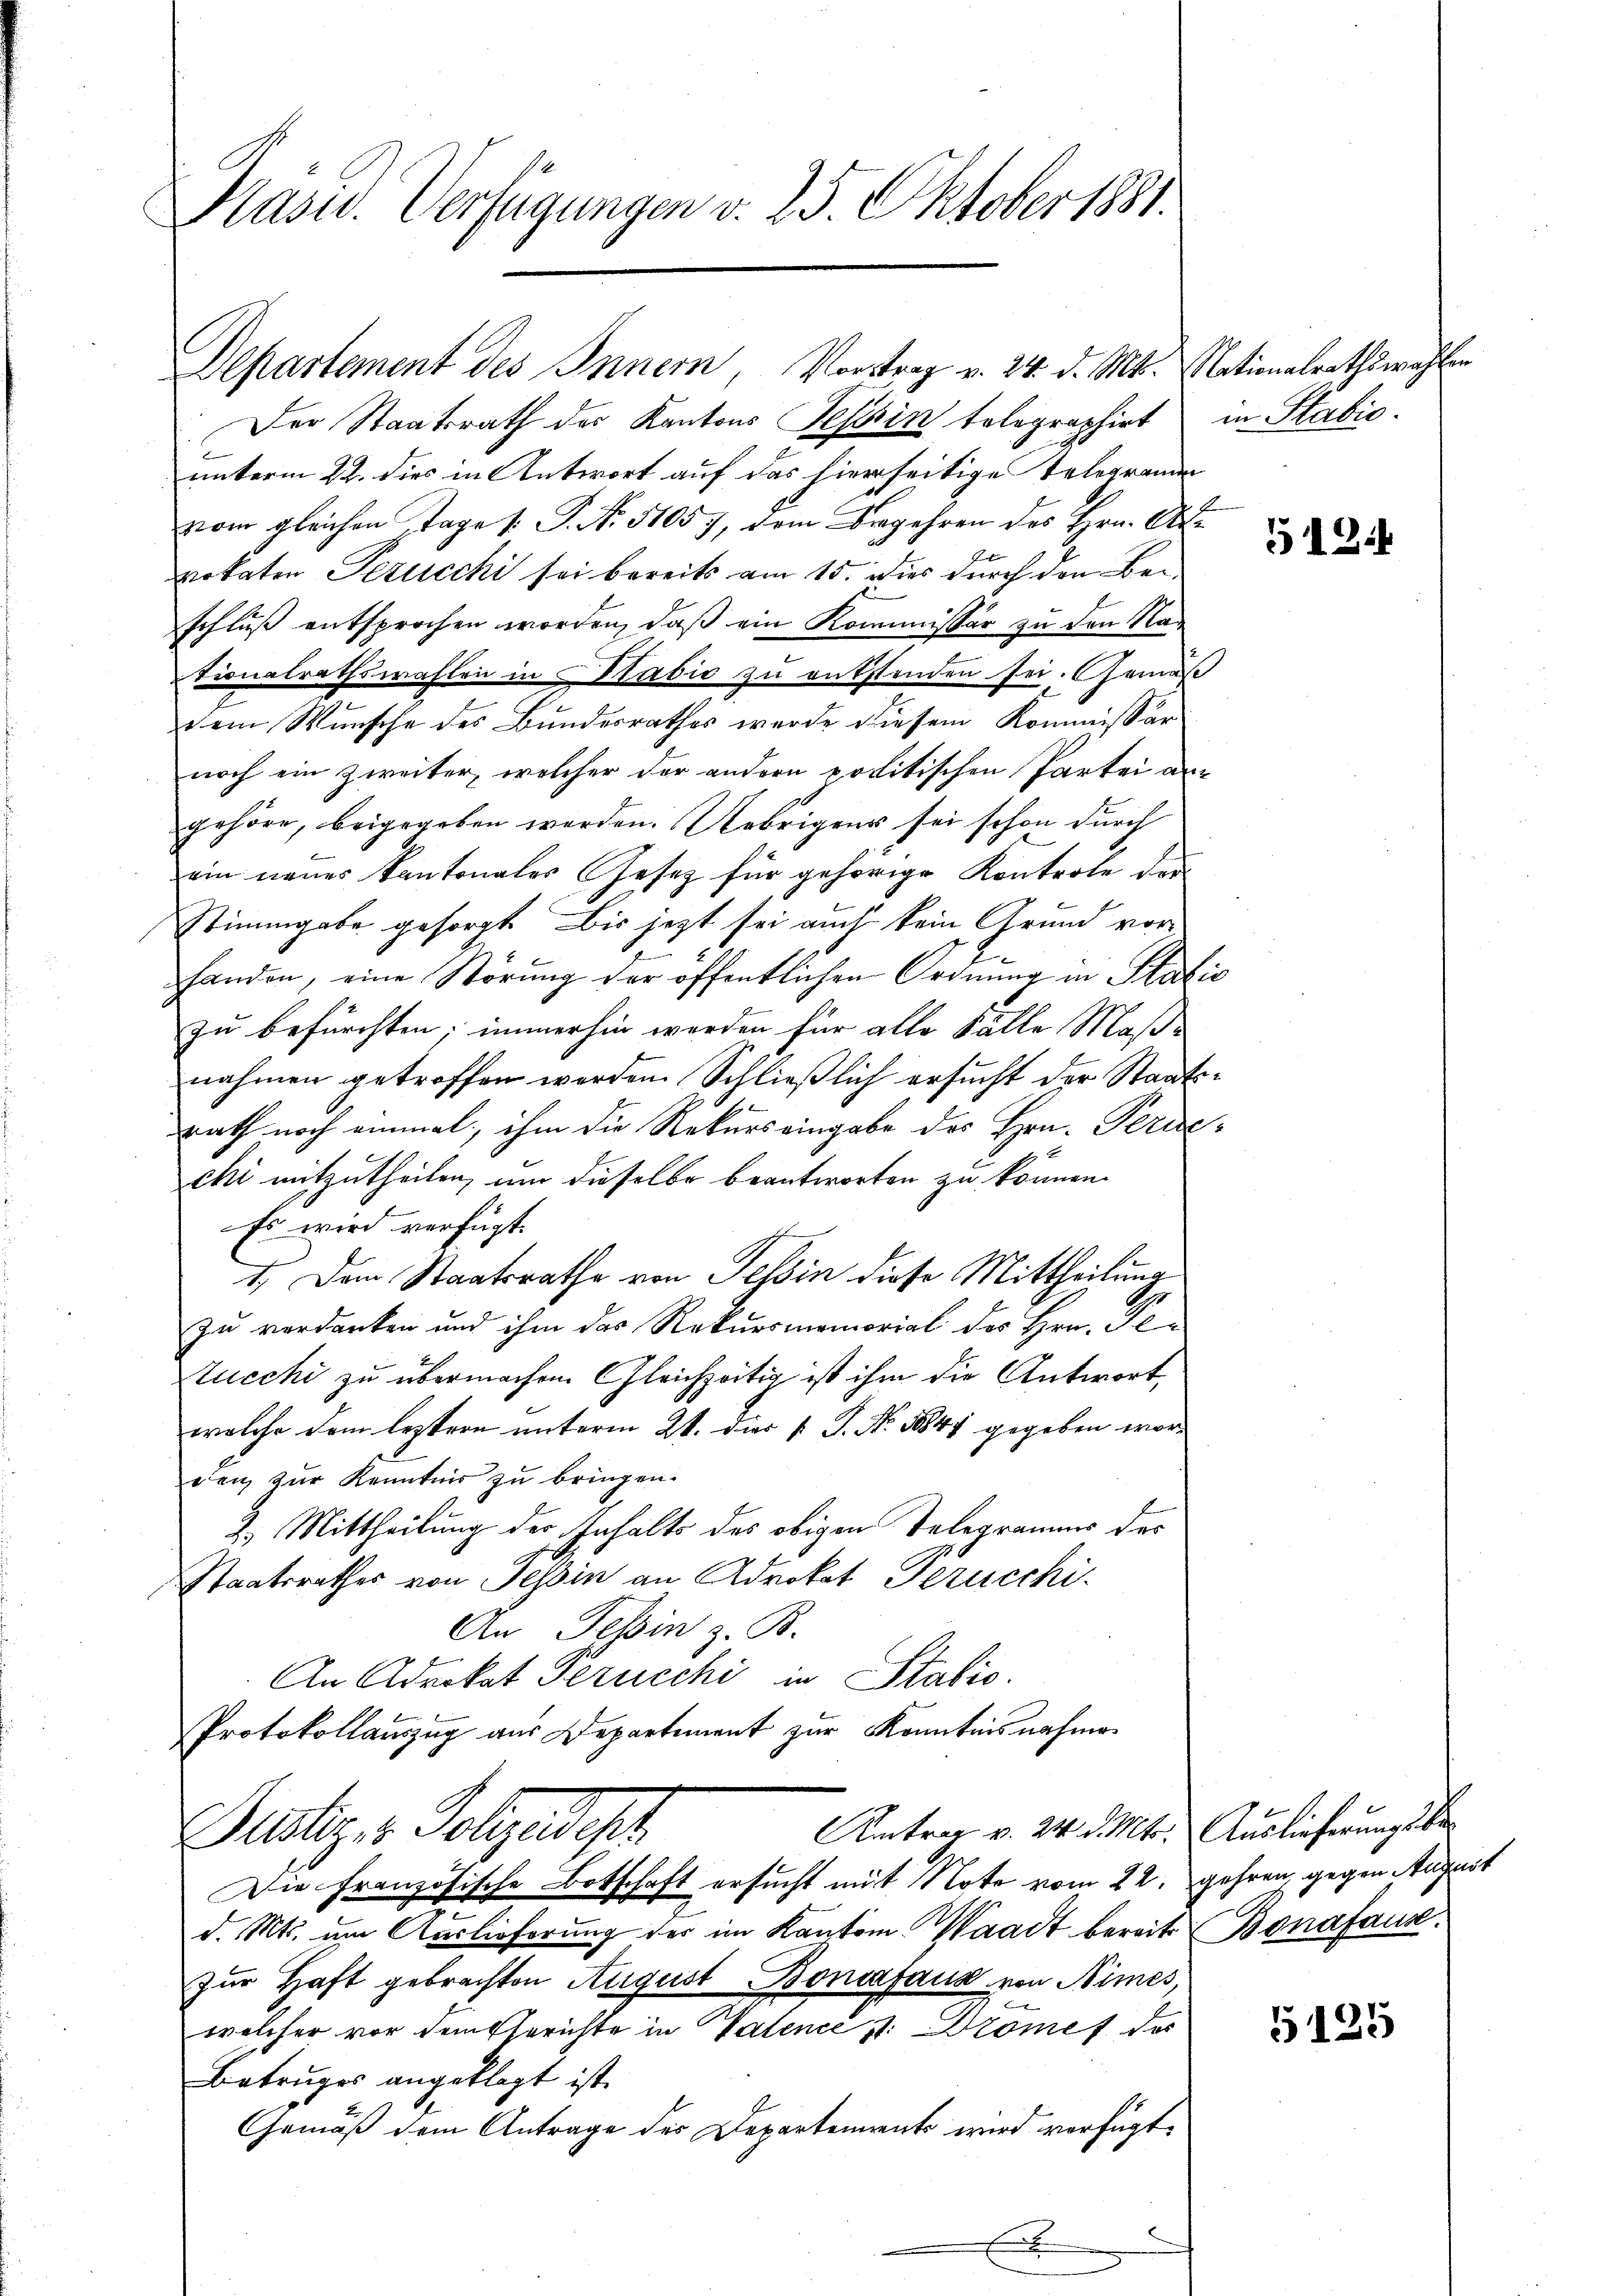
Präsid. Verfügungen v. 25. Oktober 1881.

Departement des Innern, Vortrag v. 24. d. Mts. Nationalrathswahlen
Der Staatsrath des Kantons Tessin telegraphirt
unterm 22. dies in Antwort auf das hierseitige Telegramm
vom gleichen Tage /: P. No. 51057, dem Begehren des Hrn. Okt.
vokaten Perucchi sei bereits am 15. Dies durch den Beschluß entsprochen worden, daß ein Kommissar zu den Nationalrathswahlen in Sabić zu entstenden sei. Gemäß
dem Wunsche des Bundesrathes werde diesem Kommissär
noch ein zweiter, welcher der andern politischen Partei angehöre, beigegeben werden. Uebrigens sei schon durch
ein neuer Kantonaler Gesetz für gehörige Kontrole der
Stimmgabe gesorgt. Bis jetzt sei auch kein Grund vorhanden, eine Störung der öffentlichen Ordnung in Stat.
zu befürchten; immerhin werden für alle Fälle Maß-
nahmen getroffen werden. Schließlich ersucht der Staats
rath noch einmal, ihm die Rekurs eingabe des Hrn. Perire
chi mitzutheilen, um dieselbe beantworten zu können.
Es wird verfügt:
1. Dem Staatsrathe von Tessin diese Mittheilung
zu verdanken und ihm das Rekursmemorial des Hrn. Pe
Stucchi zu übermachen Gleichzeitig ist ihm die Antwort,
welche dem leztern unterm 21. dies 1 S. Nr. 18847 gegeben worden zur Kenntnis zu bringen.
2. Mittheilung der Inhalts des obigen Telegramms des
Staatsrathes von Tessin an Advokat Gerucchi
An Tessin z. B.
An Advokat Gerucchi in Statio
Protokollauszug aus Departement zur Kenntnisnahme
Antrag v. 24. d. Mts. Auslieferungsbe
Justiz, u. Folgendest
Die Französische Botschaft ersucht mit Note vom 22. gehren, gegen August
d. Mts. um Auslieferung des im Kanton Waadt bereits
zur Haft gebrachten August Bonifaus von Nimes,
welcher vor dem Gerichte in Valence st. Dromes des
Betruges angeklagt ist.
Gemäß dem Antrage der Departements wird verfügt,

in Stabio.

5124

¬

Bonafaus.

5125